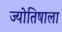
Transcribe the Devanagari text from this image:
ज्योतिषाला